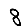
Digit: 8